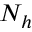
N _ { h }